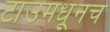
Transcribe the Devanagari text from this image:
टाउमधूनच